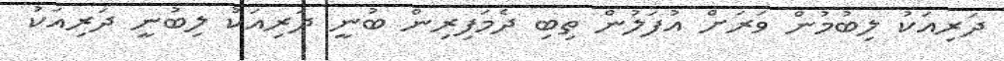
ދަރިއަކު ލިބުމުން ވަރަށް އުފަލުން ތިބި ދެމަފިރިން ބުނީ ދަރިއަކު ލިބުނީ ދަރިއަކު